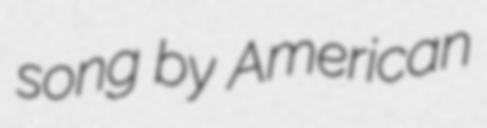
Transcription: song by American